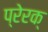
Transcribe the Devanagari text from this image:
प्रेरक्